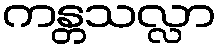
ကန္တသလ္လာ